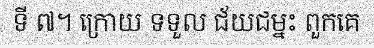
ទី ៧។ ក្រោយ ទទួល ជ័យជម្នះ ពួកគេ